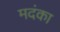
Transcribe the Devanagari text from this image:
मदंका